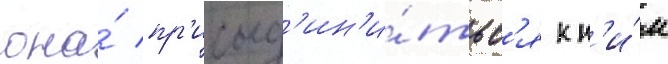
она́ пр'исоед'ин'и́тьс'я к н'и́м